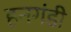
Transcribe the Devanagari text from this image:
हनगंडी